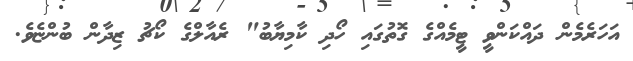
އަހަރެމެން ދައްކަންވީ ޓީމެއްގެ ގޮތުގައި ހޯދި ކާމިޔާބު" ރެއާލްގެ ކޯޗު ޒިދާން ބުންޏެވެ.